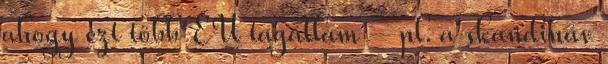
ahogy ezt több EU tagállam – pl. a skandináv